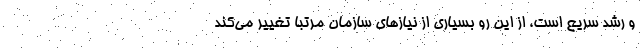
و رشد سریع است، از این رو بسیاری از نیاز‌های سازمان مرتبا تغییر می‌کند